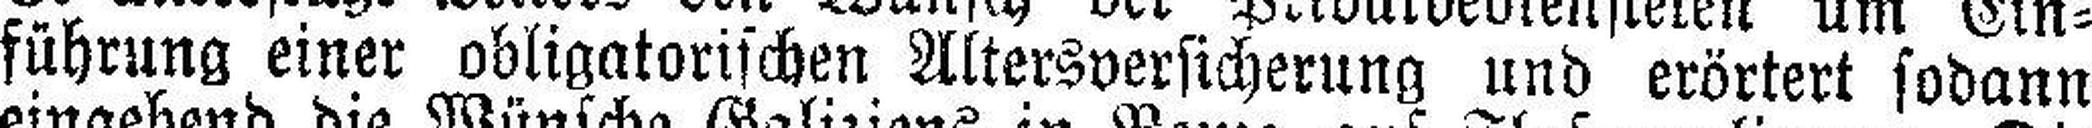
führung einer obligatorischen Altersversicherung und erörtert sodann